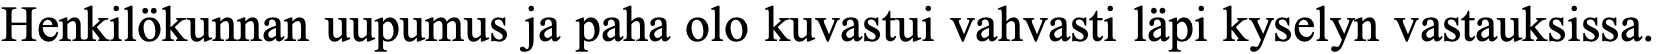
Henkilökunnan uupumus ja paha olo kuvastui vahvasti läpi kyselyn vastauksissa.